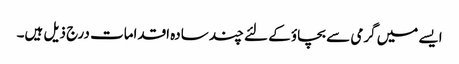
ایسے میں گرمی سے بچاؤ کے لئے چند سادہ اقدامات درج ذیل ہیں۔